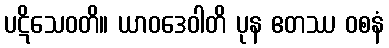
ပဋိသေဝတိ။ ယာဝဒေဝါတိ ပုန ဧတဿ ဝစနံ